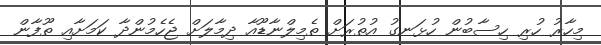
މިހާރު ހުރި ހިސާބުން ހުޅަނގު އުތުރަށް ތެމިލްނާޑޫއާ ދިމާލަށް ޖެހެމުންދާ ކަމަށާއި ތޫފާން